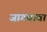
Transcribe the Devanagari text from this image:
जागवावा